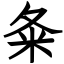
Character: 夈